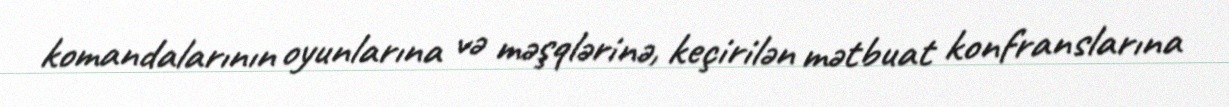
komandalarının oyunlarına və məşqlərinə, keçirilən mətbuat konfranslarına